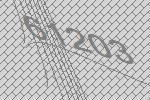
61203